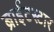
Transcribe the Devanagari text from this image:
ब्राईटस्टार